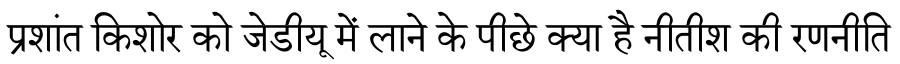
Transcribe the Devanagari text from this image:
प्रशांत किशोर को जेडीयू में लाने के पीछे क्या है नीतीश की रणनीति